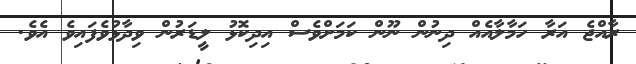
ރާއްޖެ އަރާ ހަމާލާއެއް ދިނުން ނޫން ކަމަށްވެސް އިދިކޮޅު ލީޑަރުން ވިދާޅުވެފައިވެ އެވެ.